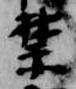
禁